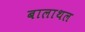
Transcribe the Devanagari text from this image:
बालाथल